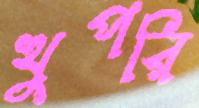
খুপরি